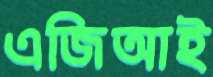
এজিআই